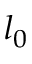
l _ { 0 }